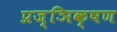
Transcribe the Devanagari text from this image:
प्रज्ञिक्षण